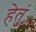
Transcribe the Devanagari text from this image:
हेतुं